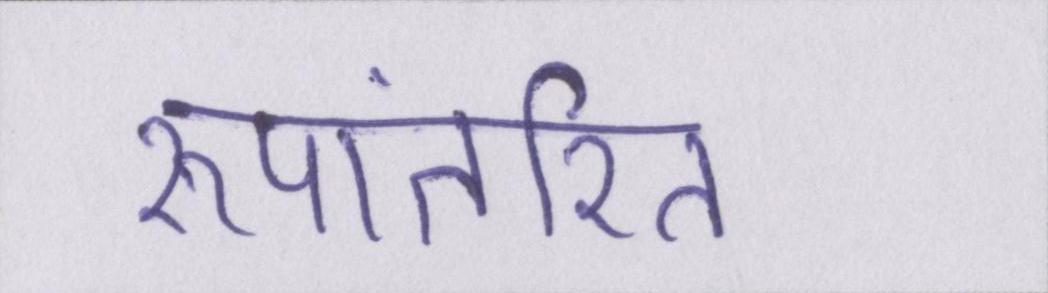
रूपांतरित